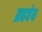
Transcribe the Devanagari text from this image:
ग्रहवेध